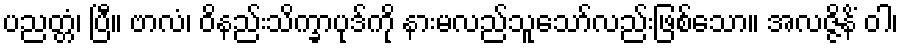
ပညတ္တံ၊ ပြီ။ ဗာလံ၊ ဝိနည်းသိက္ခာပုဒ်ကို နားမလည်သူသော်လည်းဖြစ်သော။ အလဇ္ဇိနိံ ဝါ၊